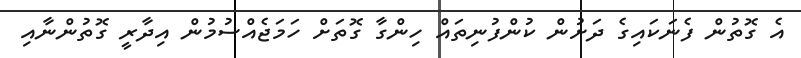
އެ ގޮތުން ފެނަކައިގެ ދަށުން ކުންފުނިތައް ހިންގާ ގޮތަށް ހަމަޖެއްސުމުން އިދާރީ ގޮތުންނާއި